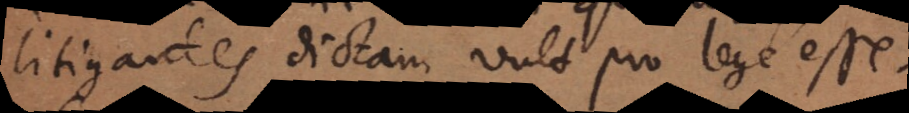
litigantes dictam vult pro lege esse.